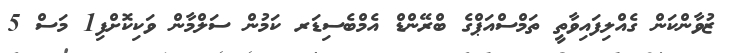
ޒުވާންކަން ގެއްލިފައިވާތީ ތަމްސްއަޕްގެ ބްރޭންޑް އެމްބެސިޑަރ ކަމުން ސަލްމާން ވަކިކޮށްފި1 މަސް 5